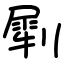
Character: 㓾